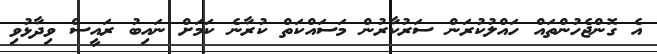
އެ ގޮންޖެހުންތައް ހައްލުކުރަން ސަރުކާރުން މަސައްކަތް ކުރާނެ ކަމަށް ނައިބު ރައީސް ވިދާޅުވި